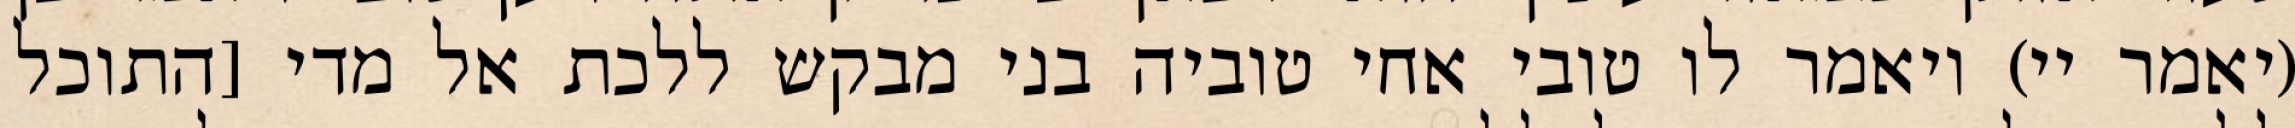
(יאמר יי) ויאמר לו טובי אחי טוביה בני מבקש ללכת אל מדי [התוכל